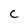
Character: C